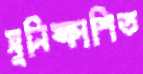
সুনিষ্কাশিত